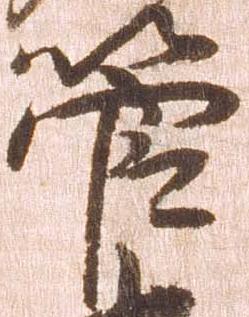
管